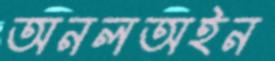
অনলঅইন